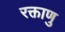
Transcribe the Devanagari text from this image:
रक्ताणु